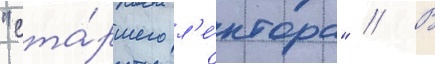
"ста́ршего л'е́ктора" // В